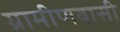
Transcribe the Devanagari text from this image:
ग्रामीणवासी